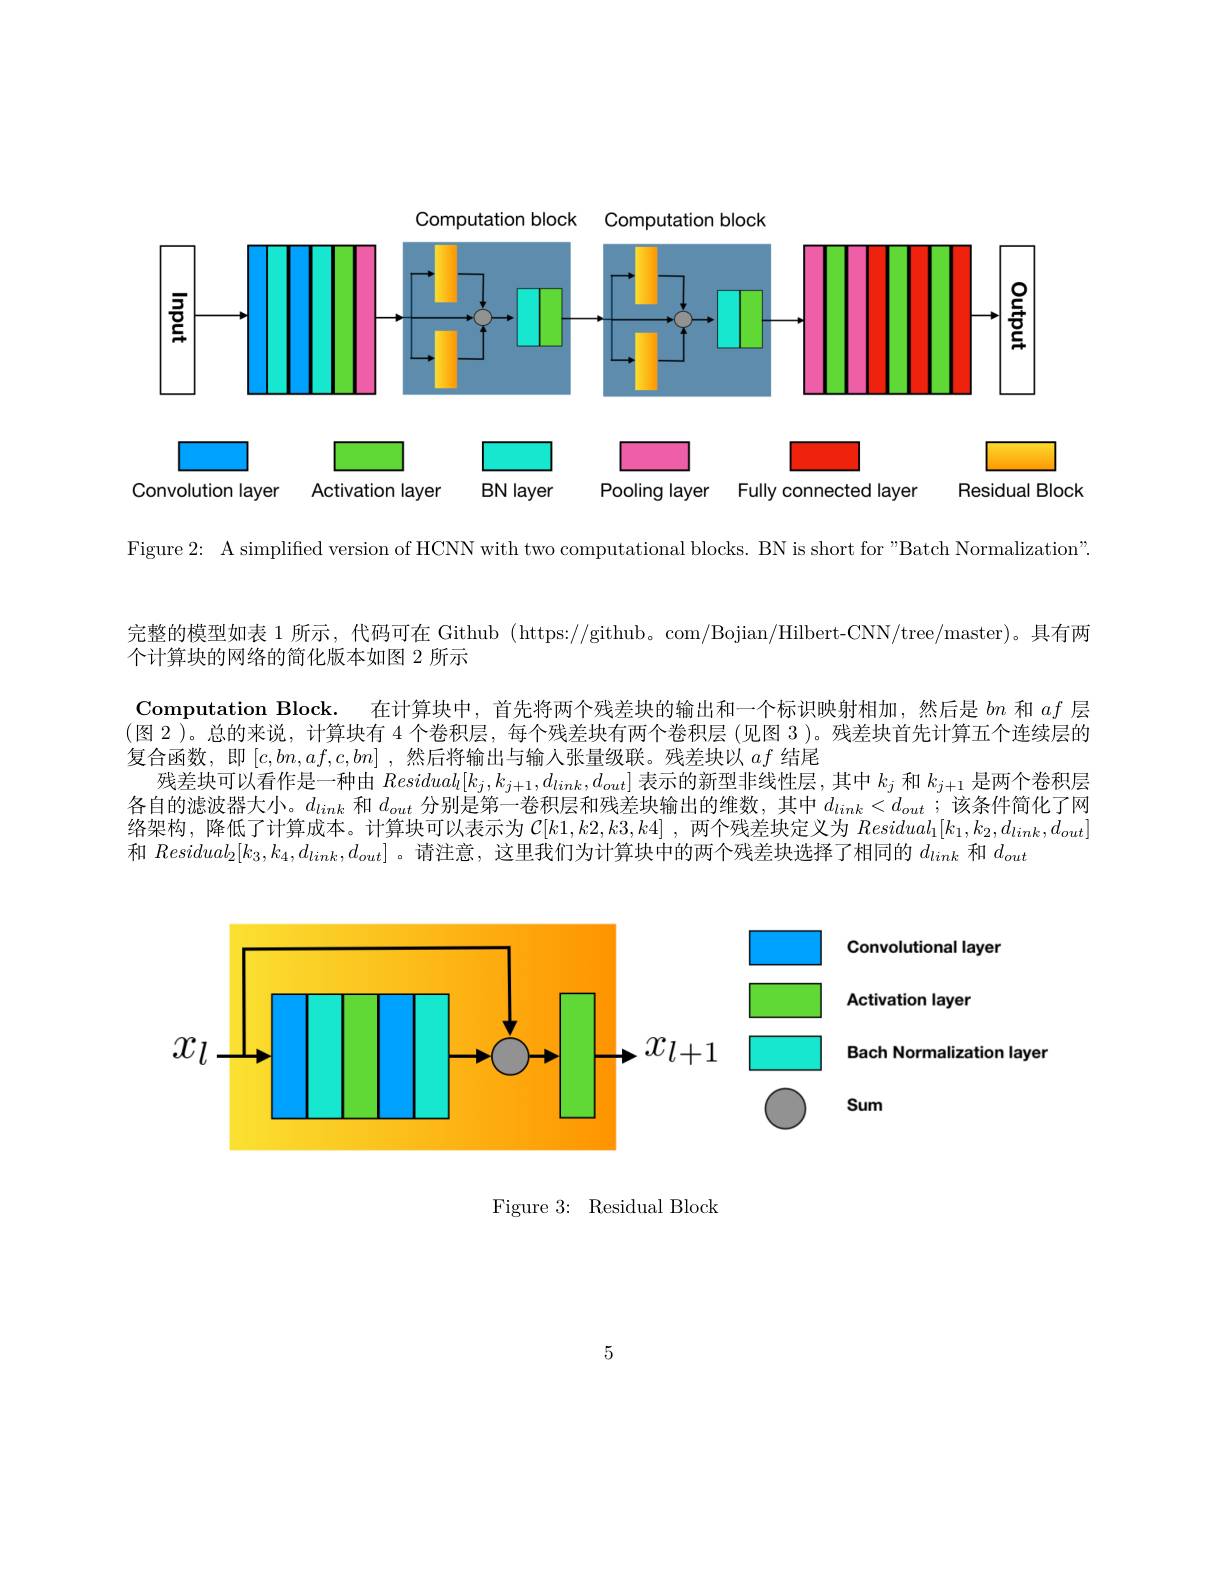
Computation block
Computation block
<FigureHere>

Figure 2: A simplified version of HCNN with two computational blocks. BN is short for"Batch Normalization".

完整的模型如表 1 所示，代码可在 Github ( https://github。com/Bojian/Hilbert-CNN/tree/master)。具有两

个计算块的网络的简化版本如图 2 所示
Computation Block. 在计算块中，首先将两个残差块的输出和一个标识映射相加，然后是$bn$和$af$层(图 2 )。总的来说，计算块有 4 个卷积层，每个残差块有两个卷积层 (见图 3 )。残差块首先计算五个连续层的复合函数，即$[c,bn,af,c,bn]$ ,然后将输出与输入张量级联。残差块以$af$结尾
残差块可以看作是一种由$Residual_l[k_j,k_{j+1},d_{link},d_{out}]$表示的新型非线性层，其中$k_j$和$k_j+1$是两个卷积层各自的滤波器大小。$d_link$和$d_out$分别是第一卷积层和残差块输出的维数，其中$d_link<d_{out}$ ;该条件简化了网络架构，降低了计算成本。计算块可以表示为$\mathcal{C}[k1,k2,k3,k4]$ ,两个残差块定义为$Residual_1[k_1,k_2,d_{link},d_{out}]$ 和$Residual_2[k_3,k_4,d_{link},d_{out}]$ 。请注意，这里我们为计算块中的两个残差块选择了相同的$d_link$和$d_out$

<FigureHere>

Figure 3: Residual Block

5